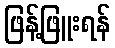
ဖြန့်ဖြူးရန်